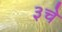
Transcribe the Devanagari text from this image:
३चे